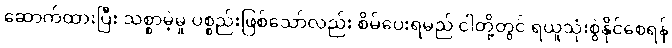
ဆောက်ထားပြီး သစ္စာမဲ့မှု ပစ္စည်းဖြစ်သော်လည်း စိမ်ပေးရမည် ငါတို့တွင် ရယူသုံးစွဲနိုင်စေရန်